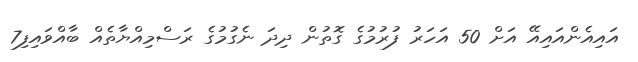
އައިއެންއައިއޭ އަށް 50 އަހަރު ފުރުމުގެ ގޮތުން ދިދަ ނެގުމުގެ ރަސްމިއްޔާތެއް ބާއްވައިފި7